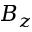
B _ { z }